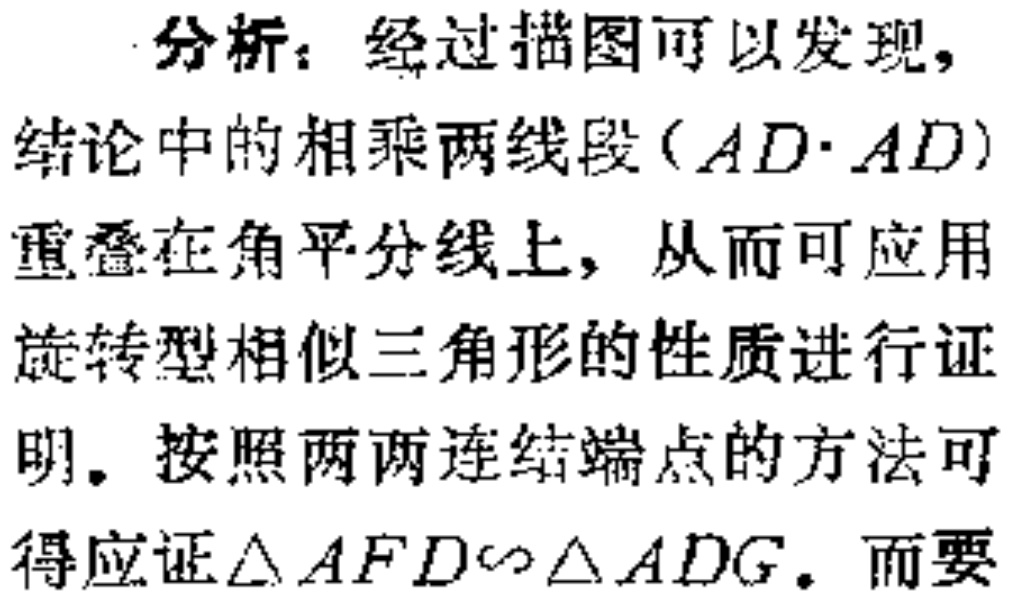
分析：经过描图可以发现，
结论中的相乘两线段（\(AD\cdot AD\)）
重叠在角平分线上，从而可应用
旋转型相似三角形的性质进行证
明。按照两两连结端点的方法可
得应证\(\triangle AFD\sim\triangle ADG\)。而要